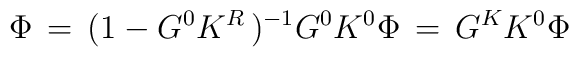
\Phi\,=\,(1-G^0K^R\,)^{-1}G^0K^0\Phi\,=\,G^KK^0\Phi